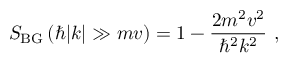
S _ { \mathrm { B G } } \left( \hbar | k | \gg m v \right) = 1 - \frac { 2 m ^ { 2 } v ^ { 2 } } { \hbar ^ { 2 } k ^ { 2 } } \ ,